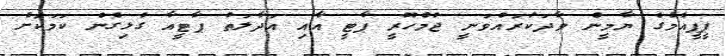
ޕީޕީއެމްގެ ޔާމީން ވާދަކުރައްވަނީ ޖުމްހޫރީ ޕާޓީ އާއި އަދާލަތު ޕާޓީއާ ގުޅިގެން ކަމަކަށް